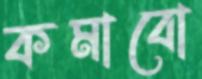
কমাবো